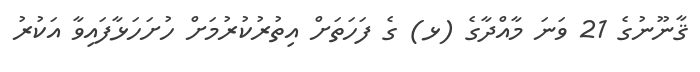
ޤާނޫނުގެ 21 ވަނަ މާއްދާގެ (ޅ) ގެ ފަހަތަށް އިތުރުކުރުމަށް ހުށަހަޅާފައިވާ އަކުރު